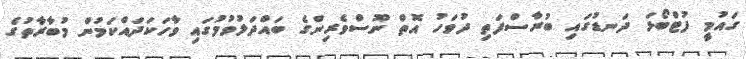
ގައުމީ ފުޓްބޯޅަ ދަނޑުގައި ބުރާސްފަތި ދުވަހު އޮތް ނޫސްވެރިންގެ ބައްދަލުވުމުގައި ވާހަކަދައްކަމުން މުބާރާތުގެ